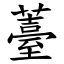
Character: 薹